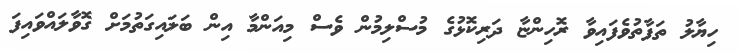
ހިޔާލު ތަފާތުވެފައިވާ ރޮހިންޏާ ދަރިކޮޅުގެ މުސްލިމުން ވެސް މިއަންމާ އިން ބަލައިގަތުމަށް ގޮވާލައްވައިފަ